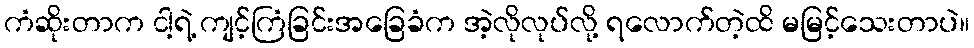
ကံဆိုးတာက ငါ့ရဲ့ ကျင့်ကြံခြင်းအခြေခံက အဲ့လိုလုပ်လို့ ရလောက်တဲ့ထိ မမြင့်သေးတာပဲ။